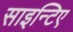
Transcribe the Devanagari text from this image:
साइन्टिए